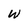
Character: W